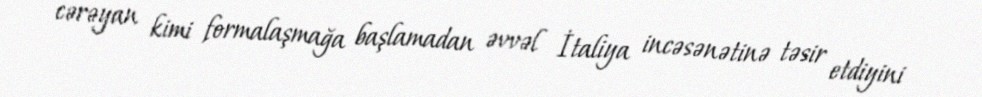
cərəyan kimi formalaşmağa başlamadan əvvəl İtaliya incəsənətinə təsir etdiyini